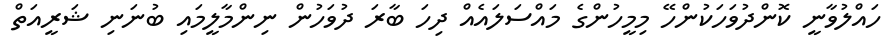
ހައްލުވާނީ ކޮންދުވަހަކުންހޭ މިމީހުންގެ މައްސަލައެއް ދިހަ ބާރަ ދުވަހުން ނިންމާލީމައި ބުނަނި ޝަރީއަތް